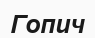
Гопич